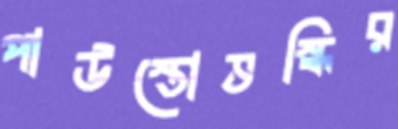
পাউস্তোভস্কির